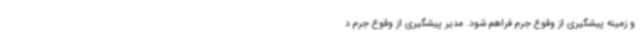
و زمینه پیشگیری از وقوع جرم فراهم شود. مدیر پیشگیری از وقوع جرم د